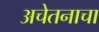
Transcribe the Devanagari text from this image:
अचेतनाचा